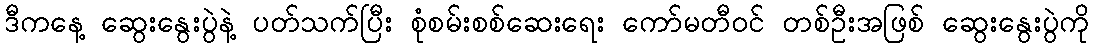
ဒီကနေ့ ဆွေးနွေးပွဲနဲ့ ပတ်သက်ပြီး စုံစမ်းစစ်ဆေးရေး ကော်မတီဝင် တစ်ဦးအဖြစ် ဆွေးနွေးပွဲကို